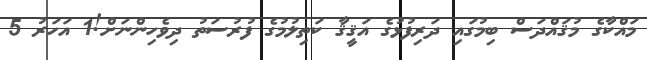
މައްކާގެ މުޤައްދަސް ބިމުގައި ދަރިފުޅުގެ އަޤީޤާ ކަތިލުމުގެ ފުރުސަތު ދިވެހިންނަށް!1 އަހަރު 5